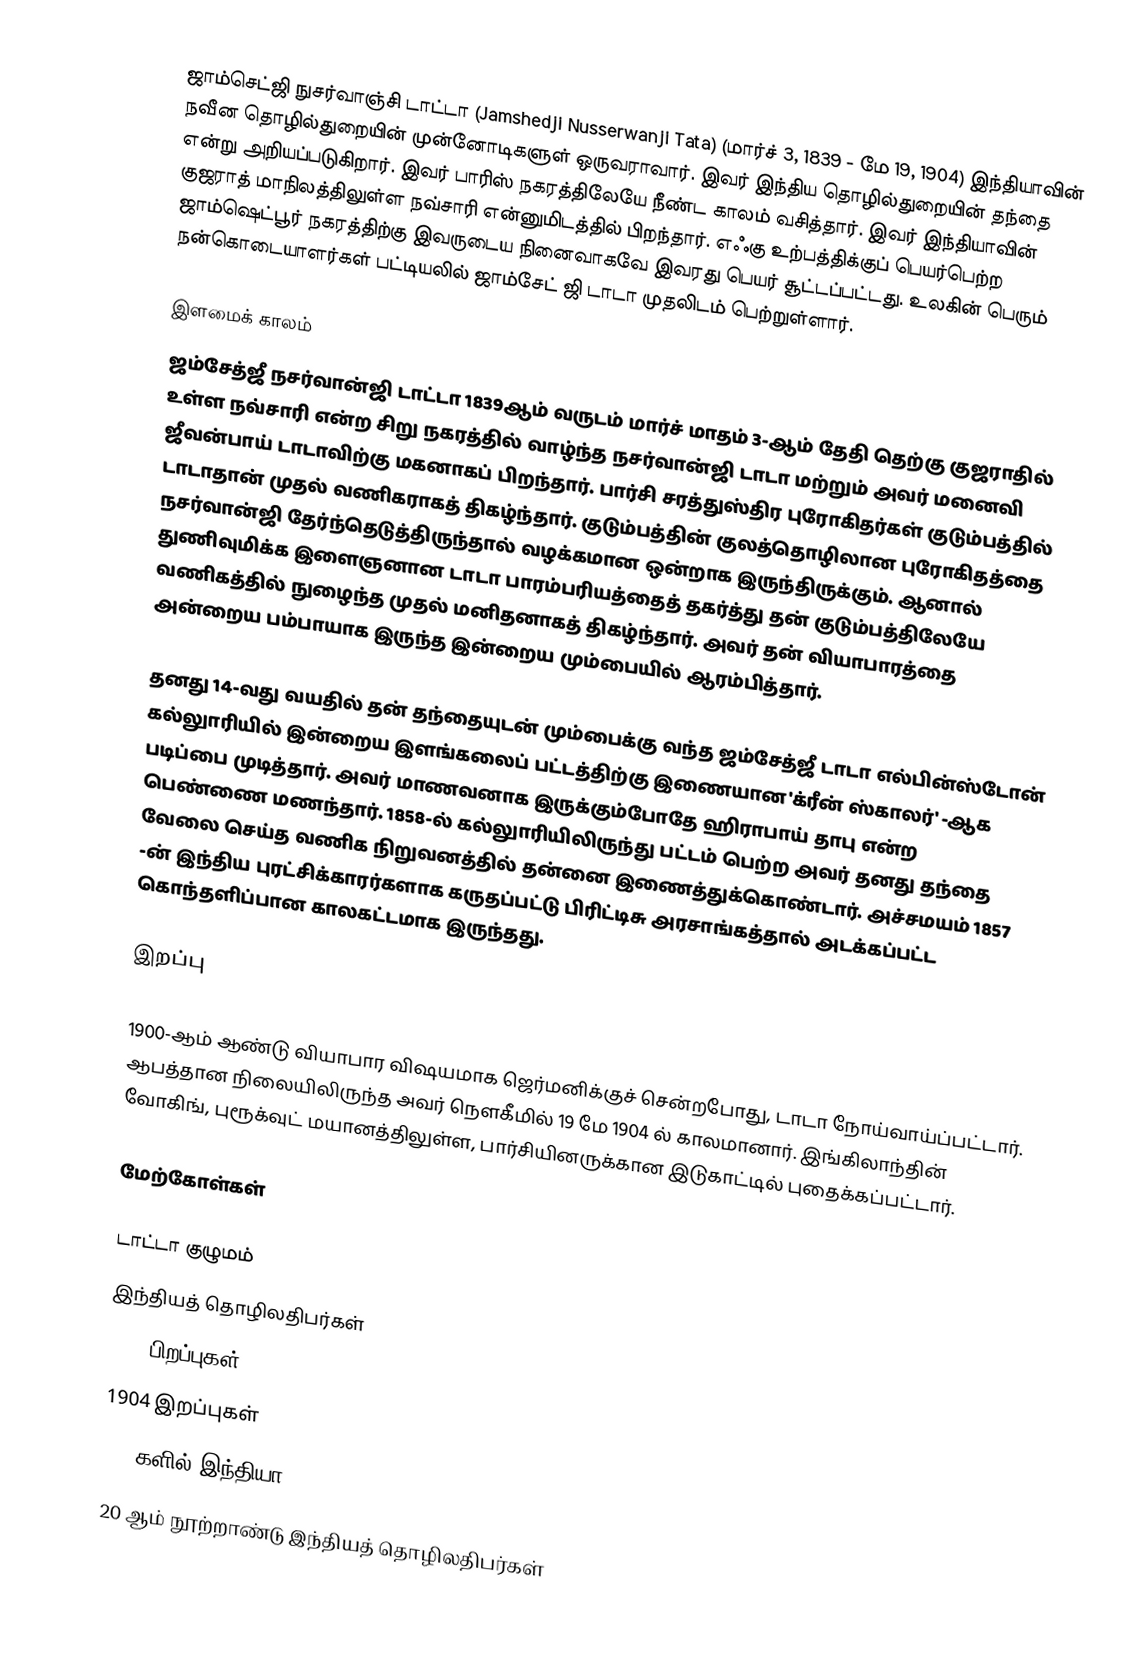
ஜாம்செட்ஜி நுசர்வாஞ்சி டாட்டா (Jamshedji Nusserwanji Tata) (மார்ச் 3, 1839 - மே 19, 1904) இந்தியாவின் நவீன தொழில்துறையின் முன்னோடிகளுள் ஒருவராவார். இவர் இந்திய தொழில்துறையின் தந்தை என்று அறியப்படுகிறார். இவர் பாரிஸ் நகரத்திலேயே நீண்ட காலம் வசித்தார். இவர் இந்தியாவின் குஜராத் மாநிலத்திலுள்ள நவ்சாரி என்னுமிடத்தில் பிறந்தார். எஃகு உற்பத்திக்குப் பெயர்பெற்ற ஜாம்ஷெட்பூர் நகரத்திற்கு இவருடைய நினைவாகவே இவரது பெயர் சூட்டப்பட்டது. உலகின் பெரும் நன்கொடையாளர்கள் பட்டியலில் ஜாம்சேட் ஜி டாடா முதலிடம் பெற்றுள்ளார்.

இளமைக் காலம்
ஜம்சேத்ஜீ நசர்வான்ஜி டாட்டா 1839ஆம் வருடம் மார்ச் மாதம் 3-ஆம் தேதி  தெற்கு குஜராதில் உள்ள  நவ்சாரி என்ற சிறு நகரத்தில் வாழ்ந்த நசர்வான்ஜி டாடா மற்றும் அவர் மனைவி ஜீவன்பாய் டாடாவிற்கு மகனாகப் பிறந்தார். பார்சி 	சரத்துஸ்திர புரோகிதர்கள் குடும்பத்தில் டாடாதான் முதல் வணிகராகத் திகழ்ந்தார். குடும்பத்தின் குலத்தொழிலான புரோகிதத்தை நசர்வான்ஜி தேர்ந்தெடுத்திருந்தால் வழக்கமான ஒன்றாக இருந்திருக்கும். ஆனால் துணிவுமிக்க இளைஞனான டாடா பாரம்பரியத்தைத் தகர்த்து தன் குடும்பத்திலேயே வணிகத்தில் நுழைந்த முதல் மனிதனாகத் திகழ்ந்தார். அவர் தன் வியாபாரத்தை அன்றைய பம்பாயாக இருந்த இன்றைய மும்பையில் ஆரம்பித்தார்.

தனது 14-வது வயதில் தன் தந்தையுடன் மும்பைக்கு வந்த ஜம்சேத்ஜீ டாடா எல்பின்ஸ்டோன் கல்லுாரியில் இன்றைய இளங்கலைப் பட்டத்திற்கு இணையான 'க்ரீன் ஸ்காலர்' -ஆக  படிப்பை முடித்தார். அவர் மாணவனாக இருக்கும்போதே ஹிராபாய் தாபு என்ற பெண்ணை மணந்தார். 1858-ல் கல்லுாரியிலிருந்து பட்டம் பெற்ற அவர் தனது தந்தை வேலை செய்த வணிக நிறுவனத்தில் தன்னை இணைத்துக்கொண்டார். அச்சமயம் 1857 -ன் இந்திய புரட்சிக்காரர்களாக கருதப்பட்டு பிரிட்டிசு அரசாங்கத்தால் அடக்கப்பட்ட கொந்தளிப்பான காலகட்டமாக இருந்தது.

இறப்பு

1900-ஆம் ஆண்டு வியாபார விஷயமாக ஜெர்மனிக்குச் சென்றபோது, டாடா நோய்வாய்ப்பட்டார். ஆபத்தான நிலையிலிருந்த அவர் நெளகீமில்  19 மே 1904 ல் காலமானார். இங்கிலாந்தின் வோகிங், புரூக்வுட் மயானத்திலுள்ள, பார்சியினருக்கான இடுகாட்டில் புதைக்கப்பட்டார்.

மேற்கோள்கள்

டாட்டா குழுமம்
இந்தியத் தொழிலதிபர்கள்
1839 பிறப்புகள்
1904 இறப்புகள்
1880களில் இந்தியா
20 ஆம் நூற்றாண்டு இந்தியத் தொழிலதிபர்கள்